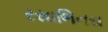
રસાભિનય